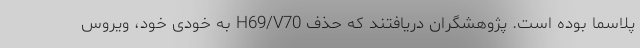
پلاسما بوده است. پژوهشگران دریافتند که حذف H69/V70 به خودی خود، ویروس